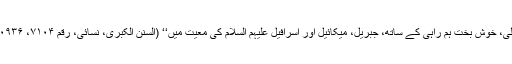
اعلیٰ، خوش بخت ہم راہی کے ساتھ، جبریل، میکائیل اور اسرافیل علیہم السلام کی معیت میں‘‘ (السنن الکبریٰ، نسائی، رقم ۷۱۰۴، ۱۰۹۳۶۔